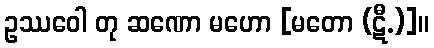
ဥဿဝေါ တု ဆဏော မဟော [မတော (ဋီ.)]။